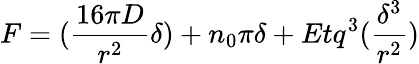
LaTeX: F=(\frac{16\pi D}{r^{2}}\delta)+n_{0}\pi\delta+Etq^{3}(\frac{\delta^{3}}{r^{2}})